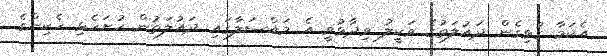
އެކަމާ ގުޅިގެން ދައުލަތުގެ ވަކީލު ވިދާޅުވީ އެ މައްސަލާގައި ދައުލަތުން ހުށަހެޅި ހެކިންގެ